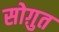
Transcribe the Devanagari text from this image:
सोग़ुत